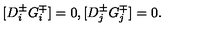
[ D _ { i } ^ { \pm } G _ { i } ^ { \mp } ] = 0 , [ D _ { j } ^ { \pm } G _ { j } ^ { \mp } ] = 0 .